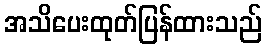
အသိပေးထုတ်ပြန်ထားသည်